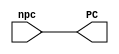
// Lab #1: Instruction Fetch Stage

`timescale 1ns / 1ps

module pc_mod (
   output reg [31:0] PC,             // Output of pc_mod
   input wire [31:0] npc             // Input of pc_mod
   );

   initial begin
      PC <= 0;
   end
   always @ ( npc) begin
      #1 PC <= npc;
   end

endmodule // pc_mod